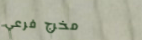
مخرج فرعي